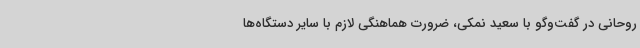
روحانی در گفت‌وگو با سعید نمکی، ضرورت هماهنگی لازم با سایر دستگاه‌ها